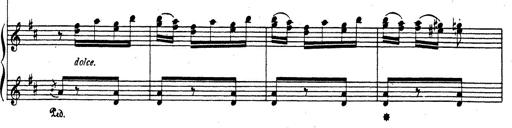
Title: Rhapsodie espagnole
Composer: Franz Liszt